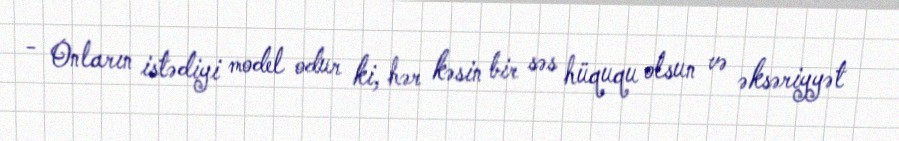
- Onların istədiyi model odur ki, hər kəsin bir səs hüququ olsun və əksəriyyət